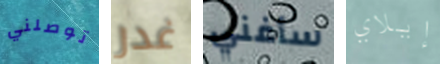
توصلني غدر سأغني إيلاي